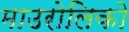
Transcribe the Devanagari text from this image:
माउरोलिको